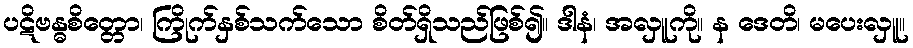
ပဋိဗန္ဓစိတ္တော၊ ကြိုက်နှစ်သက်သော စိတ်ရှိသည်ဖြစ်၍။ ဒါနံ၊ အလှူကို။ န ဒေတိ၊ မပေးလှူ။